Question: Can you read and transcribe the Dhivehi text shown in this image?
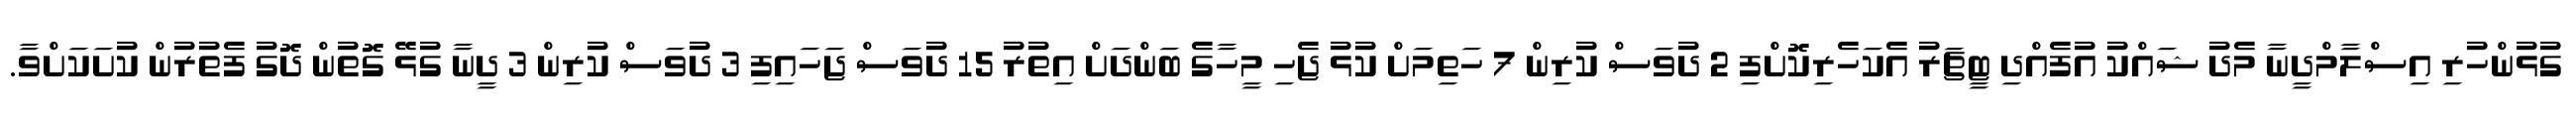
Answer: ގުޅުންހުރި އިސްލާމްދީނާ މެދު ޝައްކު އުފެއްދި ޓީޗަރު އެކަހެރިކޮށްފި 2 ދުވަސް ކުރިން 7 ހަތިމަށް ކުޅު ޖެހި މީހާގެ ބަންދަށް އިތުރު 15 ދުވަސް ޖަހައިފި 3 ދުވަސް ކުރިން 3 ދީނާ ގުޅޭ ގޮތުން ދޮގު ފެތުރުން ކުށަކަށްވާ.